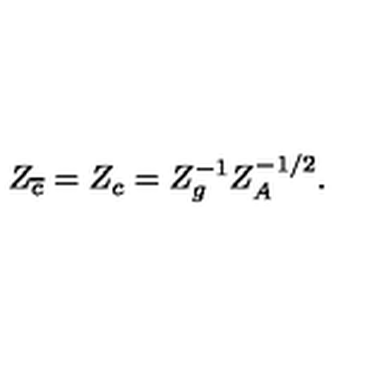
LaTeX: Z _ { \overline { { c } } } = Z _ { c } = Z _ { g } ^ { - 1 } Z _ { A } ^ { - 1 / 2 } .